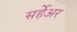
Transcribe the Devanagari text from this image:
सर्हेअर